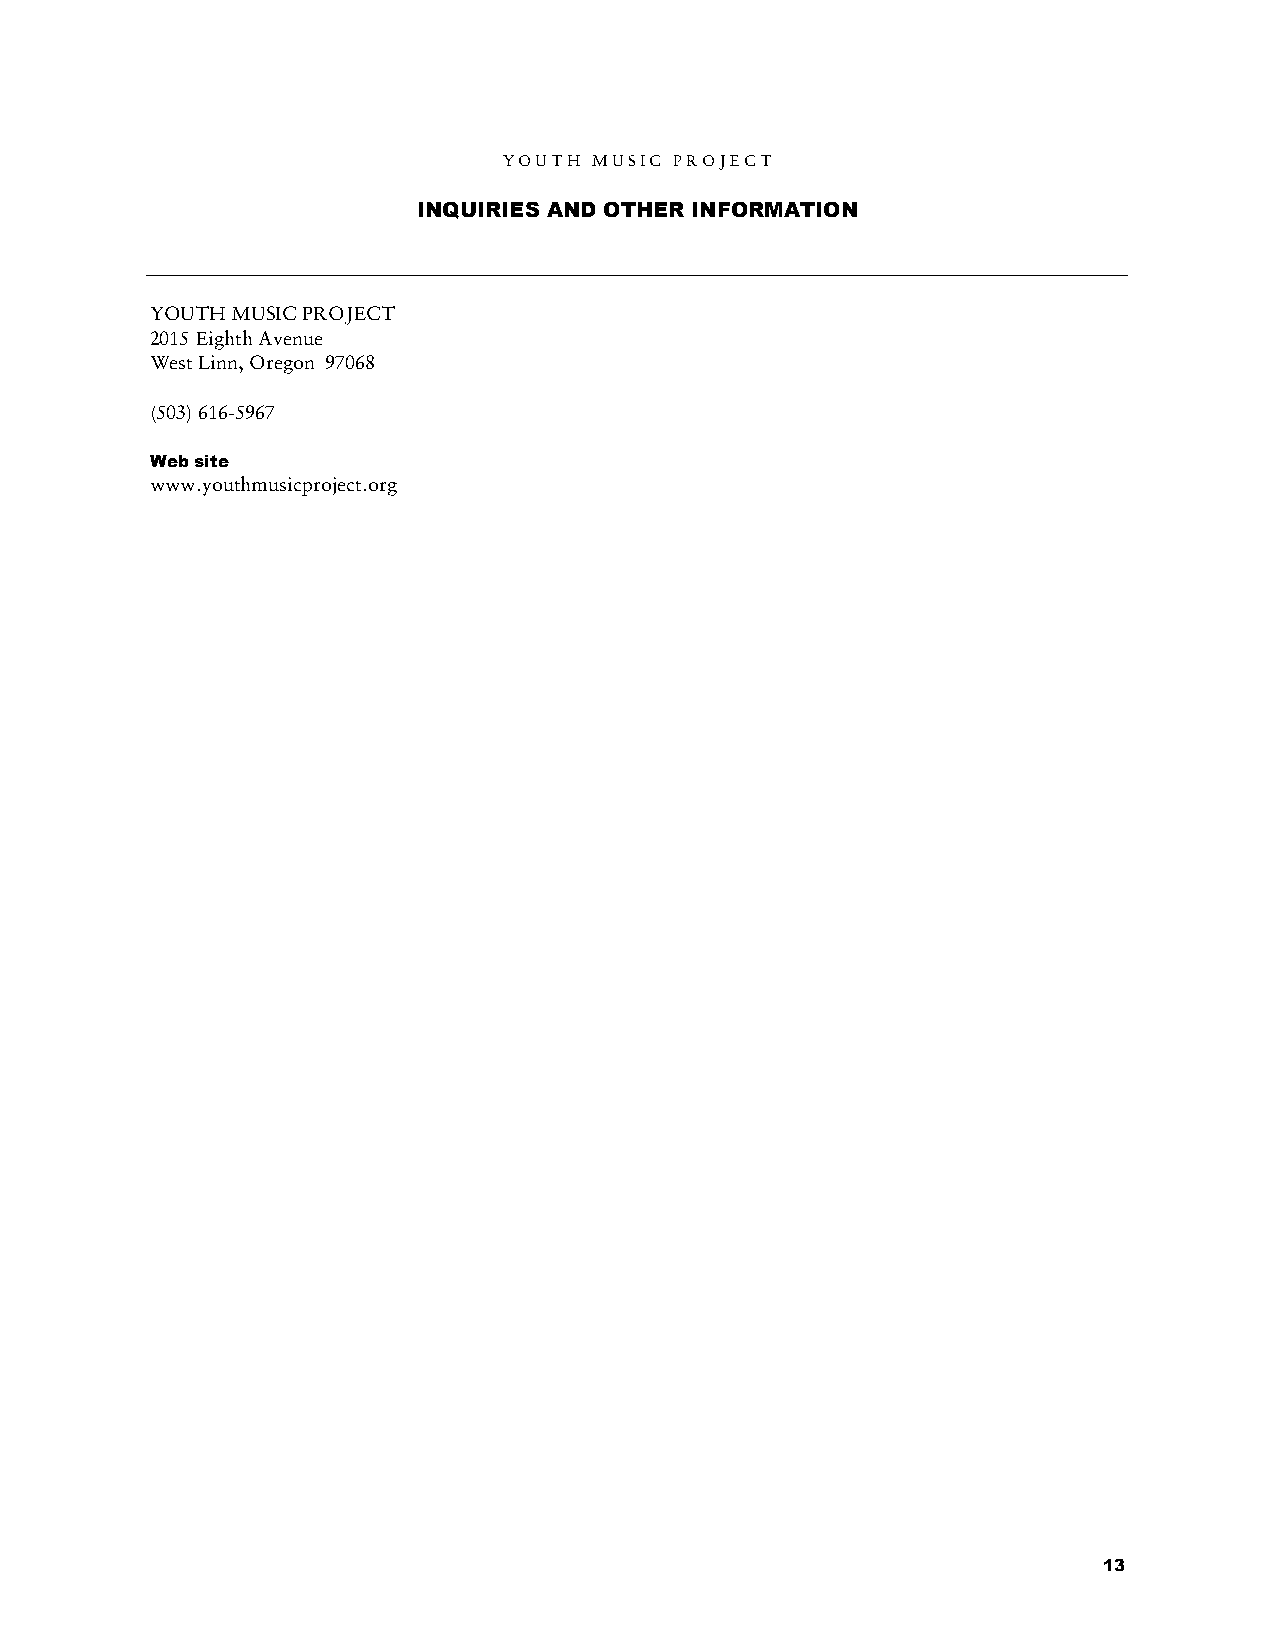
Y O U T H M U S I C P R O J E C T
 INQUIRIES AND OTHER INFORMATION
 YOUTH MUSIC PROJECT
 2015 Eighth Avenue
 West Linn, Oregon 97068
 (503) 616-5967
 Web site
 www.youthmusicproject.org
 13